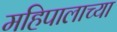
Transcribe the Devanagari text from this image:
महिपालाच्या